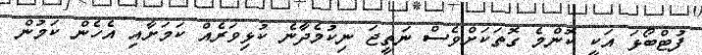
ފުޓްބޯޅަ އަކީ ކޮންމެ ގޮތަކަށްވެސް ނަތީޖަ ނިކުމެދާނެ ކުޅިވަރެއް ކަމަށާއި އެހެން ކަމުން